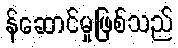
န်ဆောင်မှုဖြစ်သည်